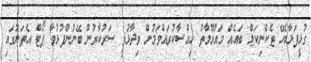
ގުޅީފަޅާބެހޭ ޓެކްނިކަލް ބައެއް މައުޅޫމާތު ހިއްސާކުރައްވަމުން ވިދާޅުޥީ ސަރުކާރުން ބޭނުންފުޅުވާ ޕޯޓް އެތަނުގައި